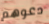
دعوهم